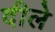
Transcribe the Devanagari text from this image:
दीले